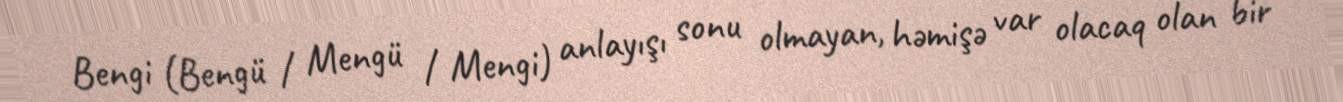
Bengi (Bengü / Mengü / Mengi) anlayışı sonu olmayan, həmişə var olacaq olan bir